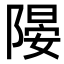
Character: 𨻂